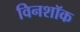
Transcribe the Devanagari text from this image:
विनशॉक